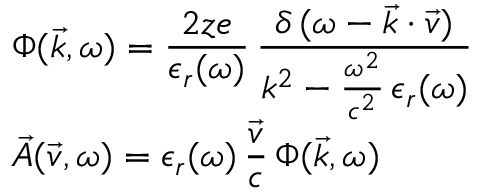
\begin{array} { l } { \displaystyle \Phi ( \vec { k } , \omega ) = \frac { 2 z e } { \epsilon _ { r } ( \omega ) } \, \frac { \delta \, ( \omega - \vec { k } \cdot \vec { v } ) } { k ^ { 2 } - \frac { \omega ^ { 2 } } { c ^ { 2 } } \, \epsilon _ { r } ( \omega ) } } \\ { \displaystyle \vec { A } ( \vec { v } , \omega ) = \epsilon _ { r } ( \omega ) \, \frac { \vec { v } } { c } \, \Phi ( \vec { k } , \omega ) } \end{array}